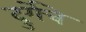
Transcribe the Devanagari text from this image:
दुर्गेचे